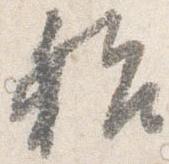
始